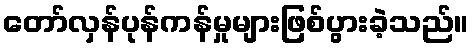
တော်လှန်ပုန်ကန်မှုများဖြစ်ပွားခဲ့သည်။